Indian journal of veterinary science and animal husbandry - Volume 9,
Year: 1939
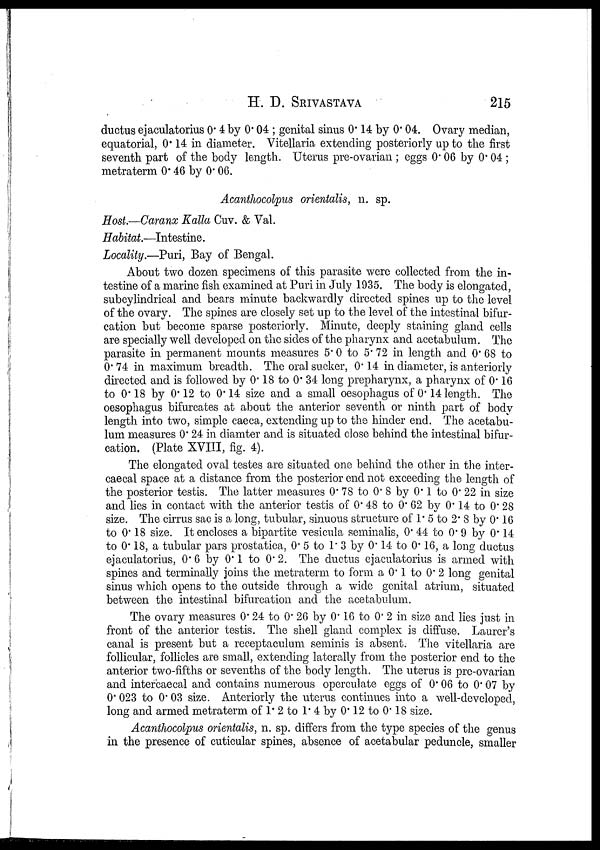
H. D.
SRIVASTAVA
215
ductus ejaculatorius 0.4 by 0.04 ; genital sinus 0.14 by 0.04. Ovary median,
equatorial, 0.14 in diameter. Vitellaria extending posteriorly up to the first
seventh part of the body length. Uterus pre-ovarian ; eggs 0.06 by 0.04 ;
metraterm 0.46 by 0.06.
Acanthocolpus orientalis, n. sp.
Host.—Caranx Kalla Cuv. & Val.
Habitat.—Intestine.
Locality.—Puri, Bay of Bengal.
About two dozen specimens of this parasite were collected from the in-
testine of a marine fish examined at Puri in July 1935. The body is elongated,
subcylindrical and bears minute backwardly directed spines up to the level
of the ovary. The spines are closely set up to the level of the intestinal bifur-
cation but become sparse posteriorly. Minute, deeply staining gland cells
are specially well developed on the sides of the pharynx and acetabulum. The
parasite in permanent mounts measures 5.0 to 5.72 in length and 0.68 to
0.74 in maximum breadth. The oral sucker, 0.14 in diameter, is anteriorly
directed and is followed by 0.18 to 0.34 long prepharynx, a pharynx of 0.16
to 0.18 by 0.12 to 0.14 size and a small oesophagus of 0.14 length. The
oesophagus bifurcates at about the anterior seventh or ninth part of body
length into two, simple caeca, extending up to the hinder end. The acetabu-
lum measures 0.24 in diamter and is situated close behind the intestinal bifur-
cation. (Plate XVIII, fig. 4).
The elongated oval testes are situated one behind the other in the inter-
caecal space at a distance from the posterior end not exceeding the length of
the posterior testis. The latter measures 0.78 to 0.8 by 0.1 to 0.22 in size
and lies in contact with the anterior testis of 0.48 to 0.62 by 0.14 to 0.28
size. The cirrus sac is a long, tubular, sinuous structure of 1. 5 to 2. 8 by 0. 16
to 0. 18 size. It encloses a bipartite vesicula seminalis, 0. 44 to 0. 9 by 0. 14
to 0. 18, a tubular pars prostatica, 0. 5 to 1. 3 by 0. 14 to 0. 16, a long ductus
ejaculatorius, 0. 6 by 0. 1 to 0. 2. The ductus ejaculatorius is armed with
spines and terminally joins the metraterm to form a 0. 1 to 0. 2 long genital
sinus which opens to the outside through a wide genital atrium, situated
between the intestinal bifurcation and the acetabulum.
The ovary measures 0.24 to 0.26 by 0.16 to 0.2 in size and lies just in
front of the anterior testis. The shell gland complex is diffuse. Laurer's
canal is present but a receptaculum seminis is absent. The vitellaria are
follicular, follicles are small, extending laterally from the posterior end to the
anterior two-fifths or sevenths of the body length. The uterus is pre-ovarian
and interfcaecal and contains numerous operculate eggs of 0.06 to 0.07 by
0.023 to 0.03 size. Anteriorly the uterus continues into a well-developed,
long and armed metraterm of 1.2 to 1.4 by 0.12 to 0.18 size.
Acanthocolpus orientalis, n. sp. differs from the type species of the genus
in the presence of cuticular spines, absence of acetabular peduncle, smaller